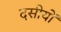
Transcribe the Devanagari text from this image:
दसीयों